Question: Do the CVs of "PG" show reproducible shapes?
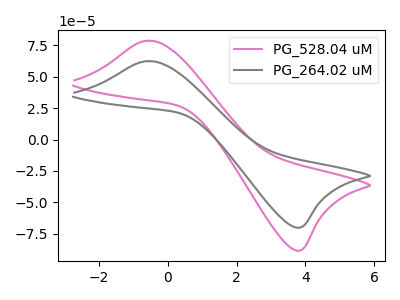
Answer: <think>The pink curve "PG_528.04 uM" has an anodic peak at (-0.50V, 78.65uA) and a cathodic peak at (3.75V, -88.30uA). The gray curve "PG_264.02 uM" has an anodic peak at (-0.50V, 62.40uA) and a cathodic peak at (3.75V, -70.05uA).
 All the peaks in "PG_528.04 uM" have a peak in "PG_264.02 uM" at the same potential. Every peak in "PG_528.04 uM" is higher than every peak in "PG_264.02 uM".</think>
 <answer>All the CV's of "PG" have similar shape.</answer>
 <eval>follow_rule</eval>